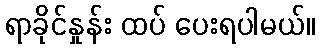
ရာခိုင်နှုန်း ထပ် ပေးရပါမယ်။